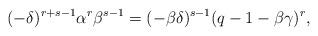
LaTeX: \begin{align*}(-\delta)^{r+s-1}\alpha^{r}\beta^{s-1}=(-\beta\delta)^{s-1}(q-1-\beta\gamma)^{r}, \end{align*}